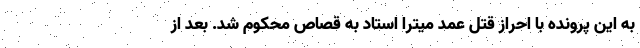
به این پرونده با احراز قتل عمد میترا استاد به قصاص محکوم شد. بعد از